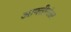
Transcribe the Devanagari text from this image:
आपत्तीनंतर